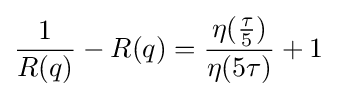
{\frac {1}{R(q)}}-R(q)={\frac {\eta ({\frac {\tau }{5}})}{\eta (5\tau )}}+1